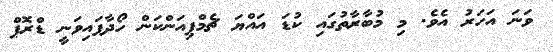
ވަނަ އަހަރު އެވެ. މި މުބާރާތުގައި ކުޑަ އައްޔަ ޗެމްޕިއަންކަން ހޯދާފައިވަނީ ޑްރޮޕް